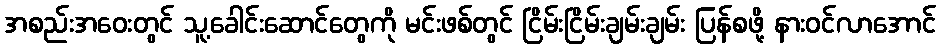
အစည်းအဝေးတွင် သူ့ခေါင်းဆောင်တွေကို မင်းဖစ်တွင် ငြိမ်းငြိမ်းချမ်းချမ်း ပြန်စဖို့ နားဝင်လာအောင်